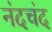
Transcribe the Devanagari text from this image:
नंदचंद